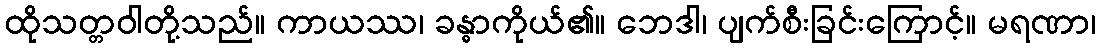
ထိုသတ္တဝါတို့သည်။ ကာယဿ၊ ခန္ဓာကိုယ်၏။ ဘေဒါ၊ ပျက်စီးခြင်းကြောင့်။ မရဏာ၊